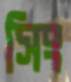
সিং